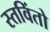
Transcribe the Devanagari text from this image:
स्तविंतो